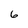
Character: 6